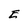
Character: E